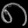
Digit: ၈